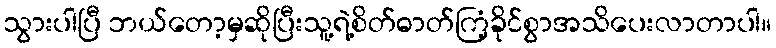
သွားပါပြီ ဘယ်တော့မှဆိုပြီးသူ့ရဲ့စိတ်ဓာတ်ကြံ့ခိုင်စွာအသိပေးလာတာပါ။